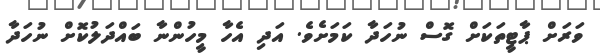
ވަރަށް ޕާޓީތަކަށް ގޮސް ނުހަދާ ކަމަށެވެ. އަދި އެހާ މީހުންނާ ބައްދަލުކޮށް ނުހަދާ